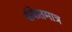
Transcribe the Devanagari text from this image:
संकेतमात्र